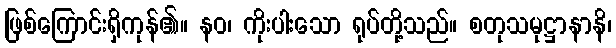
ဖြစ်ကြောင်းရှိကုန်၏။ နဝ၊ ကိုးပါးသော ရုပ်တို့သည်။ စတုသမုဋ္ဌာနာနိ၊